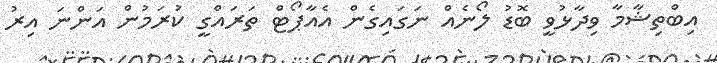
އިބްތިޝާމާ ވިދާޅުވީ ބޮޑު ލޯނެއް ނަގައިގެން އެއާޕޯޓް ތަރައްގީ ކުރަމުން އަންނަ އިރު